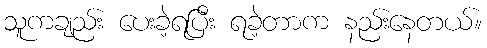
သူကချည်း ပေးခဲ့ရပြီး ရခဲ့တာက နည်းနေတယ်။